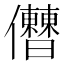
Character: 𠑤